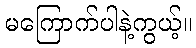
မကြောက်ပါနဲ့ကွယ့်။